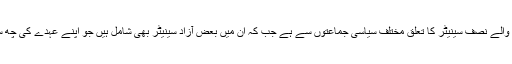
ایک سو چار نشستوں پر مشتمل ایوانِ بالا کے 11 مارچ کو ریٹائر ہونے والے نصف سینیٹر کا تعلق مختلف سیاسی جماعتوں سے ہے جب کہ ان میں بعض آزاد سینیٹر بھی شامل ہیں جو اپنے عہدے کی چھ سال کی مدت پوری ہونے کے بعد ذمہ داریوں سے سبکدوش ہورہے ہیں۔